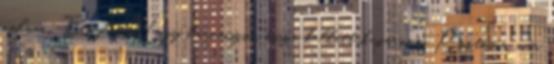
volna. -Tényleg. Vagy háromszor össze kellett kaparnom. Pontosan már